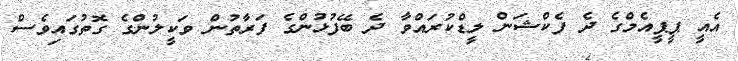
އެއީ ޕީޕީއެމްގެ ދެ ފެކްޝަން ލީޑްކުރައްވާ ދެ ބޭފުޅުންގެ ފަރާތުން ވަކީލުންގެ ގޮތުގައިވެސް